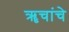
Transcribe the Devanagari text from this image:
ॠचांचे